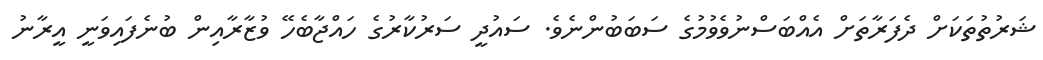
ޝަރުތުތަކަށް ދެފަރާތަށް އެއްބަސްނުވެވުމުގެ ސަބަބުންނެވެ. ސައުދީ ސަރުކާރުގެ ހައްޖާބެހޭ ވުޒާރާއިން ބުނެފައިވަނީ އީރާނު